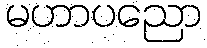
မဟာပညော